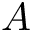
A